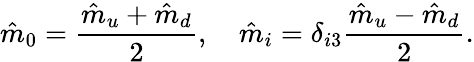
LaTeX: \hat{m}_{0}=\frac{\hat{m}_{u}+\hat{m}_{d}}{2},\quad\hat{m}_{i}=\delta_{i3}\frac{\hat{m}_{u}-\hat{m}_{d}}{2}.